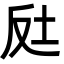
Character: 𡊃